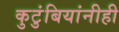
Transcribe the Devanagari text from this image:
कुटुंबियांनीही